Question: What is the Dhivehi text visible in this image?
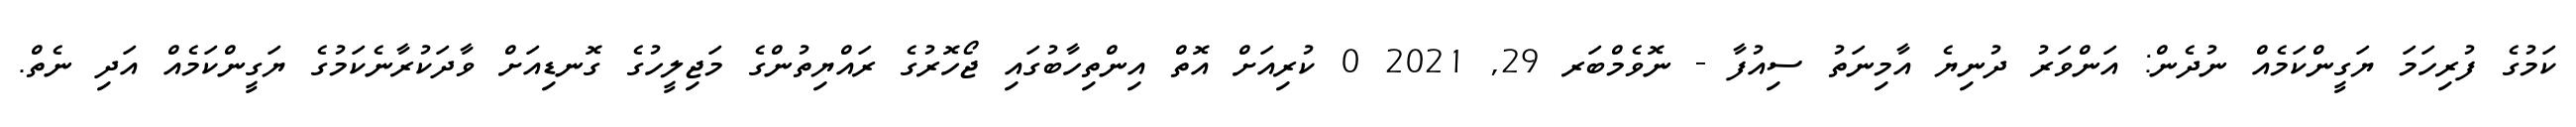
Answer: ކަމުގެ ފުރިހަމަ ޔަގީންކަމެއް ނުދެން: އަންވަރު ދުނިޔެ އާމިނަތު ސިއުފާ - ނޮވެމްބަރ 29, 2021 0 ކުރިއަށް އޮތް އިންތިހާބުގައި ޖޯހޮރުގެ ރައްޔިތުންގެ މަޖިލީހުގެ ގޮނޑިއަށް ވާދަކުރާނެކަމުގެ ޔަގީންކަމެއް އަދި ނެތް.